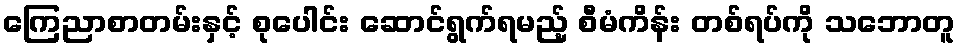
ကြေညာစာတမ်းနှင့် စုပေါင်း ဆောင်ရွက်ရမည့် စီမံကိန်း တစ်ရပ်ကို သဘောတူ